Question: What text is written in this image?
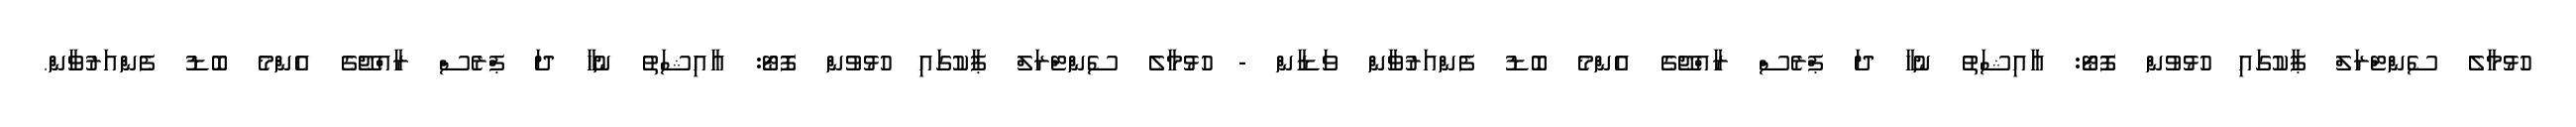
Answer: ހުޅުމާލެ ސެންޓްރަލް ޕާކުގައި ހުޅުވުން ފޮޓޯ: އާއިޝަތު ނުހާ ދަ ޕްރެސް ރާއްޖޭގެ އެންމެ ބޮޑު ފެންއަރުވާން ވަޑާން - ހުޅުމާލެ ސެންޓްރަލް ޕާކުގައި ހުޅުވުން ފޮޓޯ: އާއިޝަތު ނުހާ ދަ ޕްރެސް ރާއްޖޭގެ އެންމެ ބޮޑު ފެންއަރުވާން.